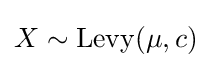
X\sim \operatorname {Levy} (\mu ,c)